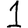
Digit: 1